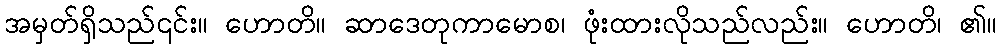
အမှတ်ရှိသည်၎င်း။ ဟောတိ။ ဆာဒေတုကာမောစ၊ ဖုံးထားလိုသည်လည်း။ ဟောတိ၊ ၏။